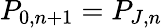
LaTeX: P_{0,n+1}=P_{J,n}